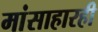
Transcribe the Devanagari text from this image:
मांसाहारही